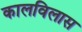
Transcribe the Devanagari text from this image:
कालविलास